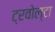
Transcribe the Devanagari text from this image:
ट्रवोल्टा